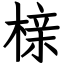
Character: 榇